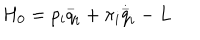
H _ { 0 } = p _ { i } \stackrel { \_ } { q } _ { i } + \pi _ { i } \stackrel { \stackrel { . } { \_ } } { q } _ { i } - L